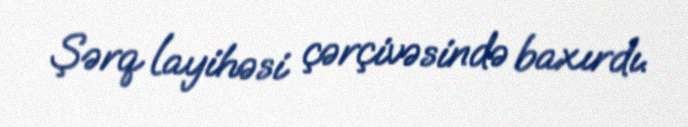
Şərq layihəsi çərçivəsində baxırdı.